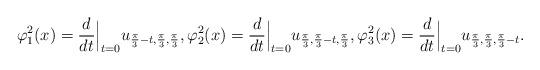
LaTeX: \begin{align*}\varphi_1^2(x) &= \frac{d}{d t}\Big|_{t=0} u_{\frac{\pi}{3}-t, \frac{\pi}{3}, \frac{\pi}{3}}, \varphi_2^2(x) = \frac{d}{d t}\Big|_{t=0} u_{\frac{\pi}{3}, \frac{\pi}{3}-t, \frac{\pi}{3}},\varphi_3^2(x) = \frac{d}{d t}\Big|_{t=0} u_{\frac{\pi}{3}, \frac{\pi}{3}, \frac{\pi}{3}-t}. \end{align*}